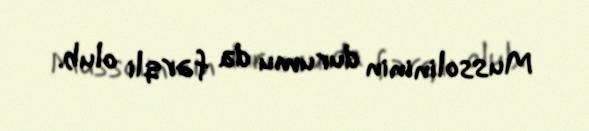
Mussolininin durumu da fərqli olub.